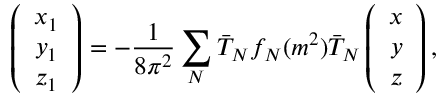
\left( \begin{array} { c } { { x _ { 1 } } } \\ { { y _ { 1 } } } \\ { { z _ { 1 } } } \end{array} \right) = - \frac { 1 } { 8 \pi ^ { 2 } } \sum _ { N } \bar { T } _ { N } f _ { N } ( m ^ { 2 } ) \bar { T } _ { N } \left( \begin{array} { c } { { x } } \\ { { y } } \\ { { z } } \end{array} \right) ,